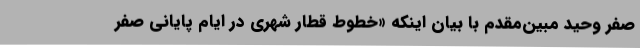
صفر وحید مبین‌مقدم با بیان اینکه «خطوط قطار شهری در ایام پایانی صفر